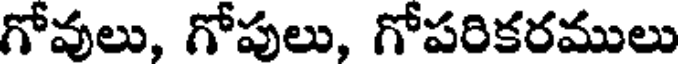
గోవులు, గోపులు, గోపరికరములు